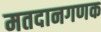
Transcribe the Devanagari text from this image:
मतदानगणक